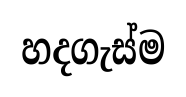
හදගැස්ම